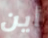
أين